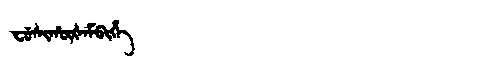
Manchu: ᠸᡠᠰᡳᡥᡡᡧᠠᠮᠪᡳᡥᡝ
Romanization: FUSIHŪŠAMBIHE